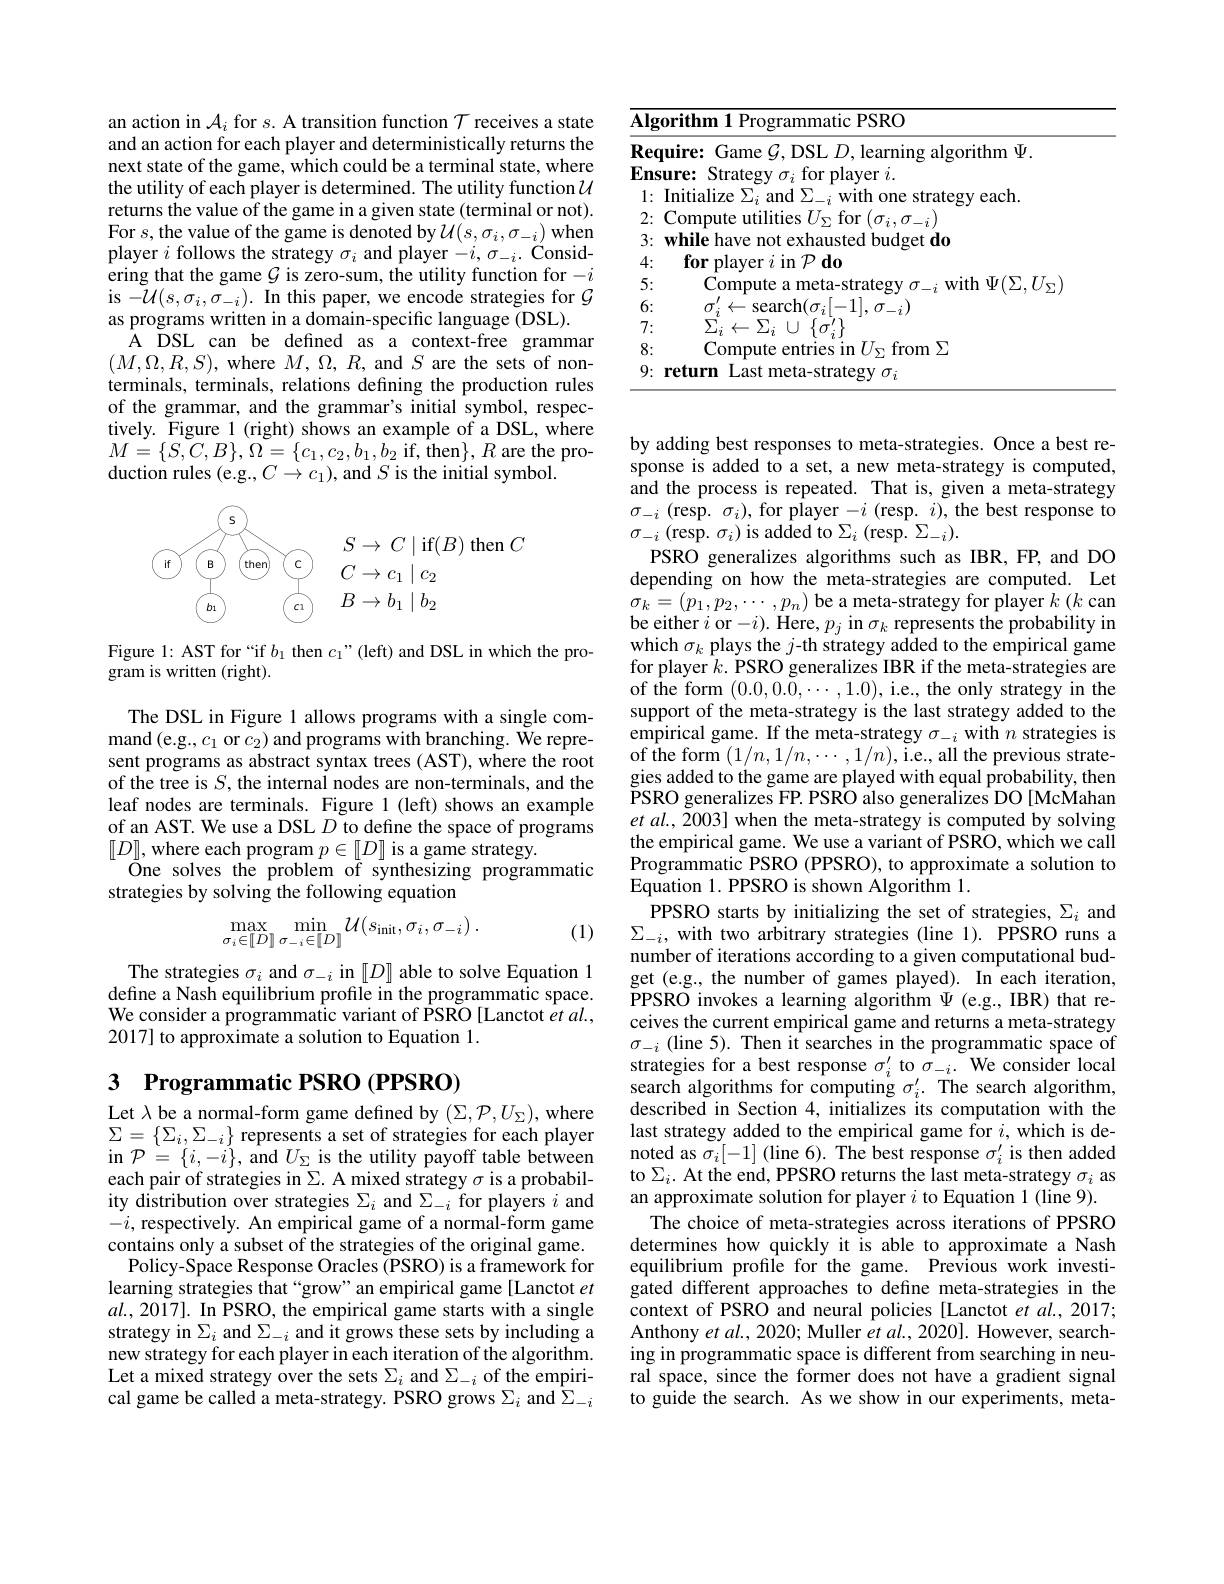
an action in $\mathcal{A}_i$ for $s.$ A transition function $\mathcal{T}$ receives a state and an action for each player and deterministically returns the next state of the game, which could be a terminal state, where the utility of each player is determined. The utility function $\mathcal{U}$ returns the value of the game in a given state (terminal or not). For $s$,the value of the game is denoted by $\mathcal{U}(s,\sigma_i,\sigma_{-i})$ when player $i$ follows the strategy $\sigma_i$ and player $-i,\sigma_-i.$ Considering that the game $G$ is zero-sum, the utility function for $-i$ is $- \mathcal{U} ( s, \sigma _{i}, \sigma _{- i}) . \textbf{ In this paper, we encode strategies for }\mathcal{G}$ as programs written in a domain-specific language (DSL).
A DSL can be defined as a context-free grammar $(M,\Omega,R,S)$, where $M,\Omega,R$, and $S$ are the sets of nonterminals, terminals, relations defining the production rules of the grammar, and the grammar's initial symbol, respectively. Figure 1 (right) shows an example of a DSL, where $M=\{S,C,B\},\Omega=\{c_{1},c_{2},b_{1},b_{2}$if,then$\},R$are the production rules (e.g.,$C\to c_1)$,and $S$ is the initial symbol.

<FigureHere>

Figure 1: AST for “if $b_1$ then $c_1”($left) and DSL in which the pro-
gram is written (right).

The DSL in Figure 1 allows programs with a single command (e.g., $c_1$ or $c_2)$ and programs with branching. We represent programs as abstract syntax trees (AST), where the root of the tree is $S$, the internal nodes are non-terminals, and the leaf nodes are terminals. Figure 1 (left) shows an example of an AST. We use a DSL $D$ to define the space of programs $[D]$,where each program $p\in[D]$ is a game strategy.
$\tilde{\mathrm{One~solves~the~problem~of~synthesizing~programmatic}}$
strategies by solving the following equation
$$\max_{\sigma_{i}\in[D]}\min_{\sigma_{-i}\in[D]}\mathcal{U}(s_{\mathrm{init}},\sigma_{i},\sigma_{-i})\:.$$
(1)

The strategies $\sigma_i$ and $\sigma_{-i}$ in $[D]$ able to solve Equation 1 define a Nash equilibrium profile in the programmatic space. We consider a programmatic variant of PSRO [Lanctot $\hat{e}t$ al., 2017] to approximate a solution to Equation 1.

# 3 Programmatic PSRO (PPSRO)

Let λbe a normal-form game defined by $(\Sigma,\mathcal{P},U_\Sigma)$, where $\Sigma=\left\{\sum_{i},\sum_{-i}\right\}$represents a set of strategies for each player in $\mathcal{P}=\{i,-i\}$, and $U_\Sigma \textbf{is the utility payoff table between}$ each pair of strategies in $\Sigma.$ A mixed strategy $\sigma$ is a probability distribution over strategies $\Sigma_i$ and $\Sigma_-i$ for players $i$ and $-i$, respectively. An empirical game of a normal-form game contains only a subset of the strategies of the original game.
Policy-Space Response Oracles (PSRO) is a framework for learning strategies that “grow”an empirical game[Lanctot $et$ $al.,20\tilde{17}].$ In PSRO, the empirical game starts with a single strategy in $\Sigma_i$ and $\Sigma_-i$ and it grows these sets by including a new strategy for each player in each iteration of the algorithm. Let a mixed strategy over the sets $\Sigma_i$ and $\Sigma_-i$ of the empirical game be called a meta-strategy. PSRO grows $\Sigma_i$ and $\hat{\Sigma}_-i$

<table>
	<tbody>
		<tr>
			<td>gorithm 1 Programmatic PSRO</td>
		</tr>
		<tr>
			<td>$\Psi$</td>
		</tr>
		<tr>
			<td>$|niti$ WITh me STPTP $\rho arh$</td>
		</tr>
		<tr>
			<td>Compute 11. $\tan r$ 111116</td>
		</tr>
		<tr>
			<td>$w\mathbf{hil}_{\mathbf{e}}$ $hr$ sted budget do</td>
		</tr>
		<tr>
			<td>$\textbf{for plaver }i$ i $\operatorname{in}\mathcal{P}$do</td>
		</tr>
		<tr>
			<td>$\Psi/\Sigma//_{\Gamma}$ wifh</td>
		</tr>
		<tr>
			<td>1 $\sigma.$ SPAT .</td>
		</tr>
		<tr>
			<td>1 1 L</td>
		</tr>
		<tr>
			<td>Comnute $\operatorname{from}\Sigma$ In</td>
		</tr>
		<tr>
			<td>$\cdot\sigma_{i}$ rategv</td>
		</tr>
	</tbody>
</table>

by adding best responses to meta-strategies. Once a best response is added to a set, a new meta-strategy is computed, and the process is repeated. That is, given a meta-strategy $\sigma_{-i}$ (resp. $\sigma_i)$, for player $-i$ (resp. $i)$, the best response to $\sigma_{-i}\left(\mathrm{resp.~}\sigma_{i}\right)$is added to$\Sigma_i$ (resp. $\Sigma_-i).$
PSRO generalizes algorithms such as IBR, FP, and DO depending on how the meta-strategies are computed. Let $\sigma_{k}=(p_{1},p_{2},\cdots,p_{n})$ be a meta-strategy for player $k$ ($k$ can be either $i$ or$-i).$ Here$,p_j$ in $\sigma_k$ represents the probability in which $\sigma_k$ plays the $j$-th strategy added to the empirical game for player $\hat{k}.$ PSRO generalizes IBR if the meta-strategies are of the form $(0.0,0.\dot{0},\cdots,1.0)$,i.e., the only strategy in the support of the meta-strategy is the last strategy added to the empirical game. If the meta-strategy $\sigma_-i$ with $n$ strategies is of the form $(1/n,1/n,\cdots,1/n)$,i.e., all the previous strategies added to the game are played with equal probability, then PSRO generalizes FP. PSRO also generalizes DO [McMahan $etal.,\bar{2}003]$ when the meta-strategy is computed by solving the empirical game. We use a variant of PSRO, which we call Programmatic PSRO (PPSRO), to approximate a solution to Equation 1. PPSRO is shown Algorithm 1.
PPSRO starts by initializing the set of strategies, $\Sigma_i$ and $\Sigma_{-i}$, with two arbitrary strategies (line 1). PPSRO runs a number of iterations according to a given computational budget (e.g., the number of games played). In each iteration, PPSRO invokes a learning algorithm $\Psi$ (e.g., IBR) that receives the current empirical game and returns a meta-strategy $\sigma_{-i}$ (line 5). Then it searches in the programmatic space of strategies for a best response $\sigma_i^{\prime}$ to $\sigma_-i.$ We consider local search algorithms for computing $\sigma_i^{\prime}.$ The search algorithm, described in Section 4,initializes its computation with the last strategy added to the empirical game for $i$,which is denoted as $\sigma_i[-1]$ (line 6). The best response $\sigma_i^\prime$ is then added to $\Sigma_i.$ At the end, PPSRO returns the last meta-strategy $\sigma_i$ as an approximate solution for player $i$ to Equation 1(line 9).
The choice of meta-strategies across iterations of PPSRO determines how quickly it is able to approximate a Nash equilibrium profile for the game. Previous work investigated different approaches to define meta-strategies in the context of PSRO and neural policies [Lanctot et al., 2017; Anthony $etal.,2020;$ Muller $etal.,2020].$ However, searching in programmatic space is different from searching in neural space, since the former does not have a gradient signal to guide the search. As we show in our experiments, meta-